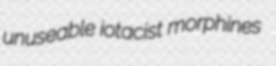
unuseable iotacist morphines